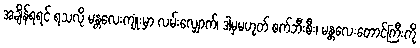
အချိန်ရရင် ရသလို မန္တလေးကျုံးမှာ လမ်းလျှောက်၊ ဒါမှမဟုတ် စက်ဘီးစီး၊ မန္တလေးတောင်ကြီးကို